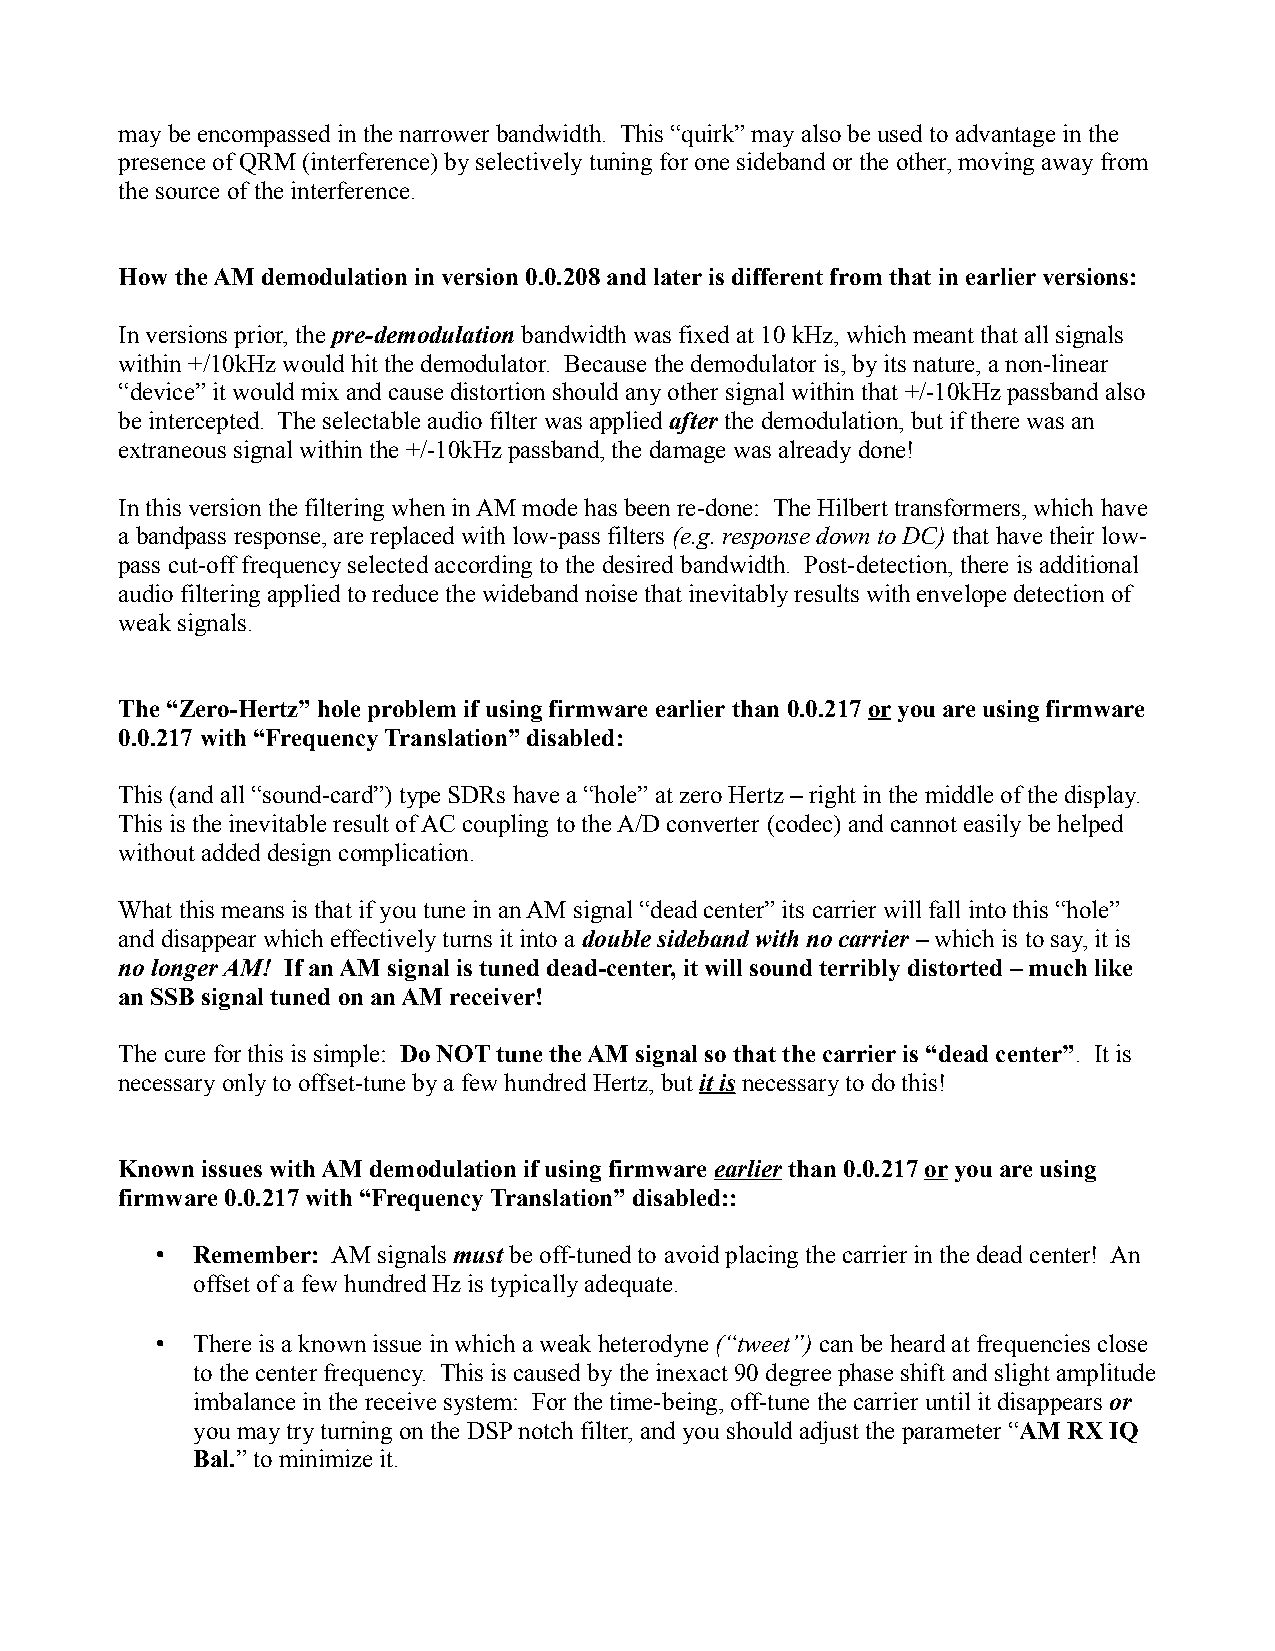
may be encompassed in the narrower bandwidth. This “quirk” may also be used to advantage in the
 presence of QRM (interference) by selectively tuning for one sideband or the other, moving away from
 the source of the interference.
 How the AM demodulation in version 0.0.208 and later is different from that in earlier versions:
 In versions prior, the pre-demodulation bandwidth was fixed at 10 kHz, which meant that all signals
 within +/10kHz would hit the demodulator. Because the demodulator is, by its nature, a non-linear
 “device” it would mix and cause distortion should any other signal within that +/-10kHz passband also
 be intercepted. The selectable audio filter was applied after the demodulation, but if there was an
 extraneous signal within the +/-10kHz passband, the damage was already done!
 In this version the filtering when in AM mode has been re-done: The Hilbert transformers, which have
 a bandpass response, are replaced with low-pass filters (e.g. response down to DC) that have their low-
 pass cut-off frequency selected according to the desired bandwidth. Post-detection, there is additional
 audio filtering applied to reduce the wideband noise that inevitably results with envelope detection of
 weak signals.
 The “Zero-Hertz” hole problem if using firmware earlier than 0.0.217 or you are using firmware
 0.0.217 with “Frequency Translation” disabled:
 This (and all “sound-card”) type SDRs have a “hole” at zero Hertz – right in the middle of the display.
 This is the inevitable result of AC coupling to the A/D converter (codec) and cannot easily be helped
 without added design complication.
 What this means is that if you tune in an AM signal “dead center” its carrier will fall into this “hole”
 and disappear which effectively turns it into a double sideband with no carrier – which is to say, it is
 no longer AM! If an AM signal is tuned dead-center, it will sound terribly distorted – much like
 an SSB signal tuned on an AM receiver!
 The cure for this is simple: Do NOT tune the AM signal so that the carrier is “dead center”. It is
 necessary only to offset-tune by a few hundred Hertz, but it is necessary to do this!
 Known issues with AM demodulation if using firmware earlier than 0.0.217 or you are using
 firmware 0.0.217 with “Frequency Translation” disabled::
 •  Remember: AM signals must be off-tuned to avoid placing the carrier in the dead center! An
 offset of a few hundred Hz is typically adequate.
 •  There is a known issue in which a weak heterodyne (“tweet”) can be heard at frequencies close
 to the center frequency. This is caused by the inexact 90 degree phase shift and slight amplitude
 imbalance in the receive system: For the time-being, off-tune the carrier until it disappears or
 you may try turning on the DSP notch filter, and you should adjust the parameter “AM RX IQ
 Bal.” to minimize it.